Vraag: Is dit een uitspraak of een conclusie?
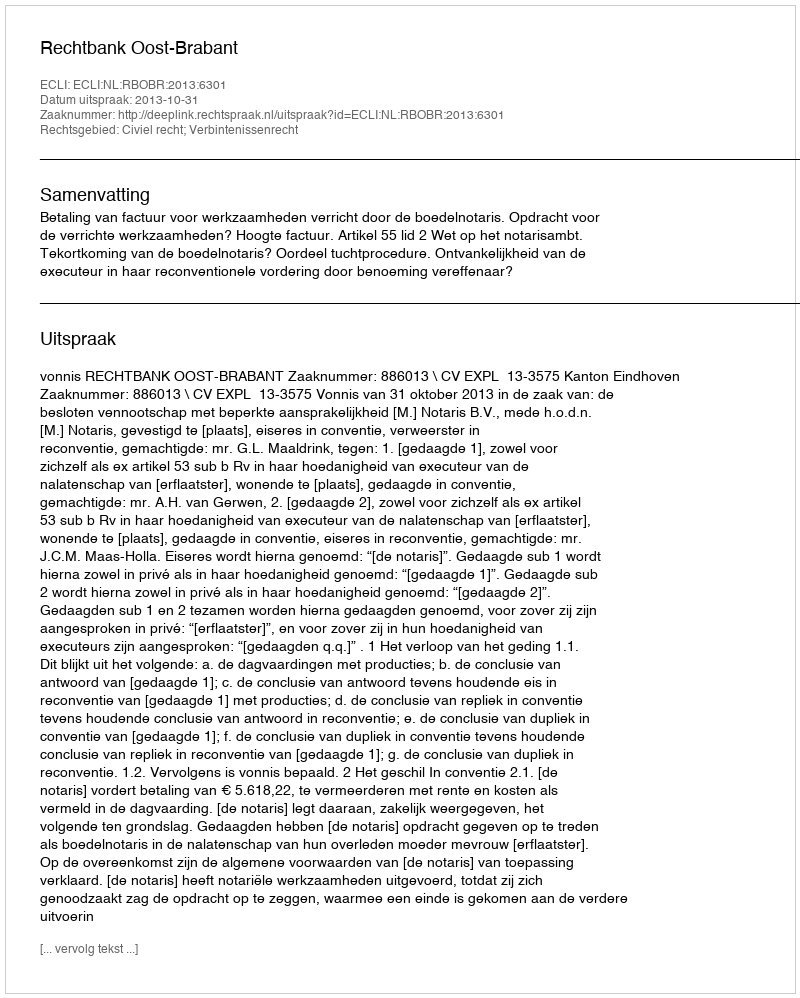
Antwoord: Uitspraak